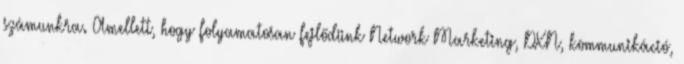
számunkra. Amellett, hogy folyamatosan fejlődünk Network Marketing, DXN, kommunikáció,